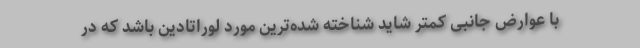
با عوارض جانبی کمتر شاید شناخته شده‌ترین مورد لوراتادین باشد که در